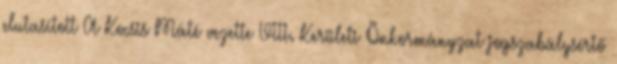
elutasított A Kocsis Máté vezette VIII. Kerületi Önkormányzat jogszabálysértő